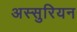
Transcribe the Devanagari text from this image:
अस्सुरियन